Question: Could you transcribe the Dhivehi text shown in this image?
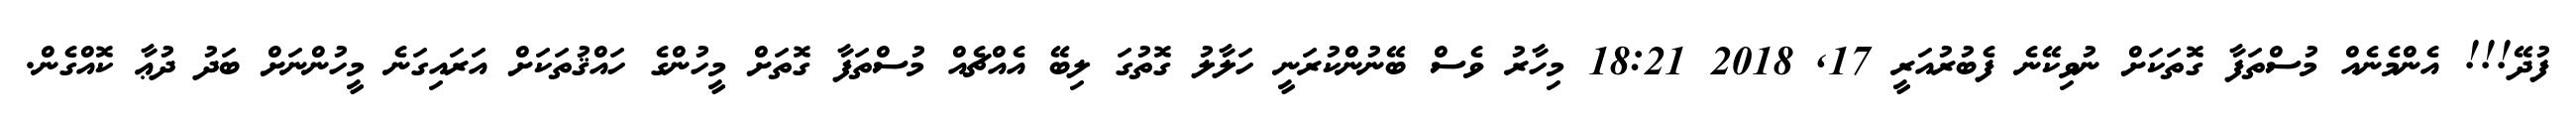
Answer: ފުދޭ!!! އެންމެނެއް މުސްތަފާ ގޮތަކަށް ނުވިކޭނެ ފެބުރުއަރީ 17, 2018 18:21 މިހާރު ވެސް ބޭނުންކުރަނީ ހަލާލު ގޮތުގަ ލިބޭ އެއްޗެއް މުސްތަފާ ގޮތަށް މީހުންގެ ހައްޤުތަކަށް އަރައިގަނެ މީހުންނަށް ބަދު ދުޢާ ކޮއްގެން.